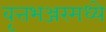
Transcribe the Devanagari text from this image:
वृत्तभञ्जरमध्ये